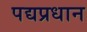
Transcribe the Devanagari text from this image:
पद्यप्रधान